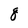
Character: q